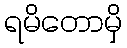
ရမိတောမှိ